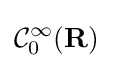
{\mathcal {C}}_{0}^{\infty }(\mathbf {R} )